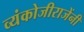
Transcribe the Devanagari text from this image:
व्यंकोजीराजेंनी